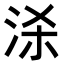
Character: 𭰒